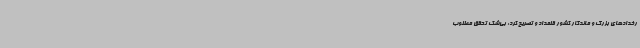
رخدادهای بزرگ و ماندگار کشور قلمداد و تصریح کرد: بی‌شک تحقق مطلوب